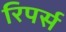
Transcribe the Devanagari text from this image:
रिपर्स